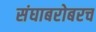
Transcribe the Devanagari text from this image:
संघाबरोबरच